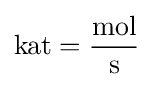
{\text{kat}}={\frac {\text{mol}}{\text{s}}}